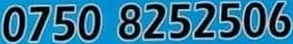
0750 8252506